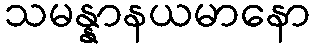
သမန္နာနယမာနော